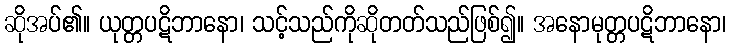
ဆိုအပ်၏။ ယုတ္တပဋိဘာနော၊ သင့်သည်ကိုဆိုတတ်သည်ဖြစ်၍။ အနောမုတ္တပဋိဘာနော၊